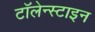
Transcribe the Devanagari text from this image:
टॉलेन्स्टाइन